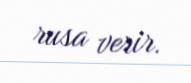
rusa verir.